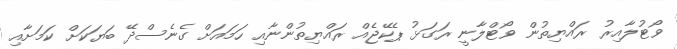
ވޯޓުލާއިރު ރައްޔިތުން ވޯޓްލާނީ ރަގަޅު ޕެކޭޖެއް ރައްޔިތުންނާއި ހަމައަށް ގެނެސްދޭ ބަޔަކަށް ކަމަށާއި